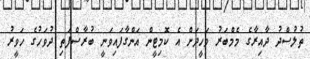
ތުލުސްދު ދާއިރާގެ މެމްބަރު ވަހީދަށް އެ ކޮމިޓީން އަންގާފައިވަނީ ބުރާސްފަތި ދުވަހުގެ ހަވީރު